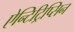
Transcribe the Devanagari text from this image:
ऐन्टिट्रिप्सिन